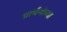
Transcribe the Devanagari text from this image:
प्रार्थनांच्या